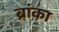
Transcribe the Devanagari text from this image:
ब्रांका